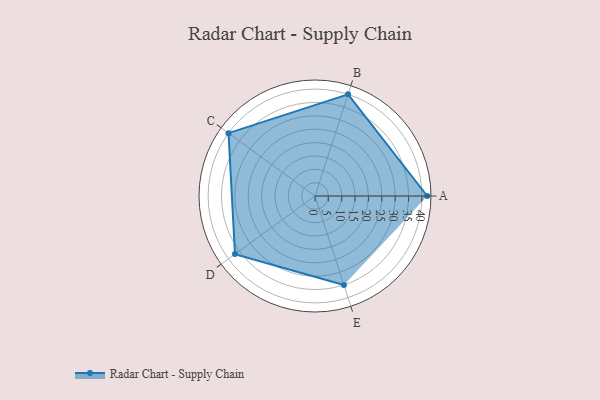
{"axis": {"x": "Skill", "y": "Score"}, "legend": ["Profile"], "data": [{"x": "A", "y": 42.0, "type": "Profile"}, {"x": "B", "y": 40.0, "type": "Profile"}, {"x": "C", "y": 40.0, "type": "Profile"}, {"x": "D", "y": 37.0, "type": "Profile"}, {"x": "E", "y": 35.0, "type": "Profile"}]}